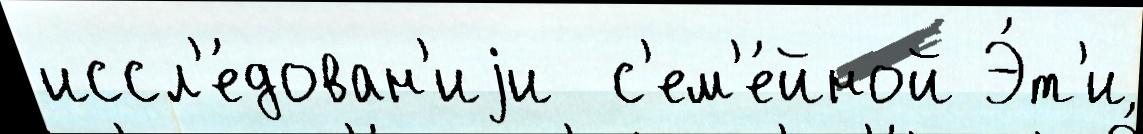
иссл'е́дован'иjи  с'ем'е́йной Э́т'и